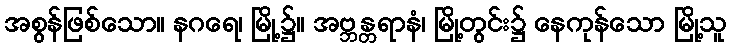
အစွန်ဖြစ်သော။ နဂရေ၊ မြို့၌။ အဗ္ဘန္တရာနံ၊ မြို့တွင်း၌ နေကုန်သော မြို့သူ